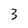
Character: 3